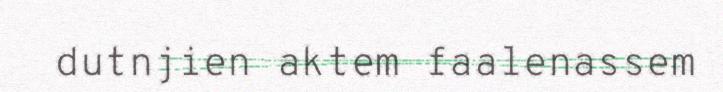
dutnjien aktem faalenassem